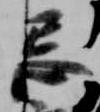
忌